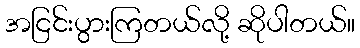
အငြင်းပွားကြတယ်လို့ ဆိုပါတယ်။